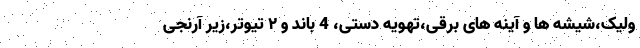
ولیک،شیشه ها و آینه های برقی،تهویه دستی، 4 باند و ۲ تیوتر،زیر آرنجی